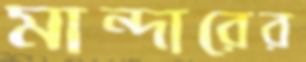
মান্দারের